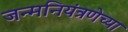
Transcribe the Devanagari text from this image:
जन्मनियंत्रणेच्या